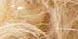
الحاضنة